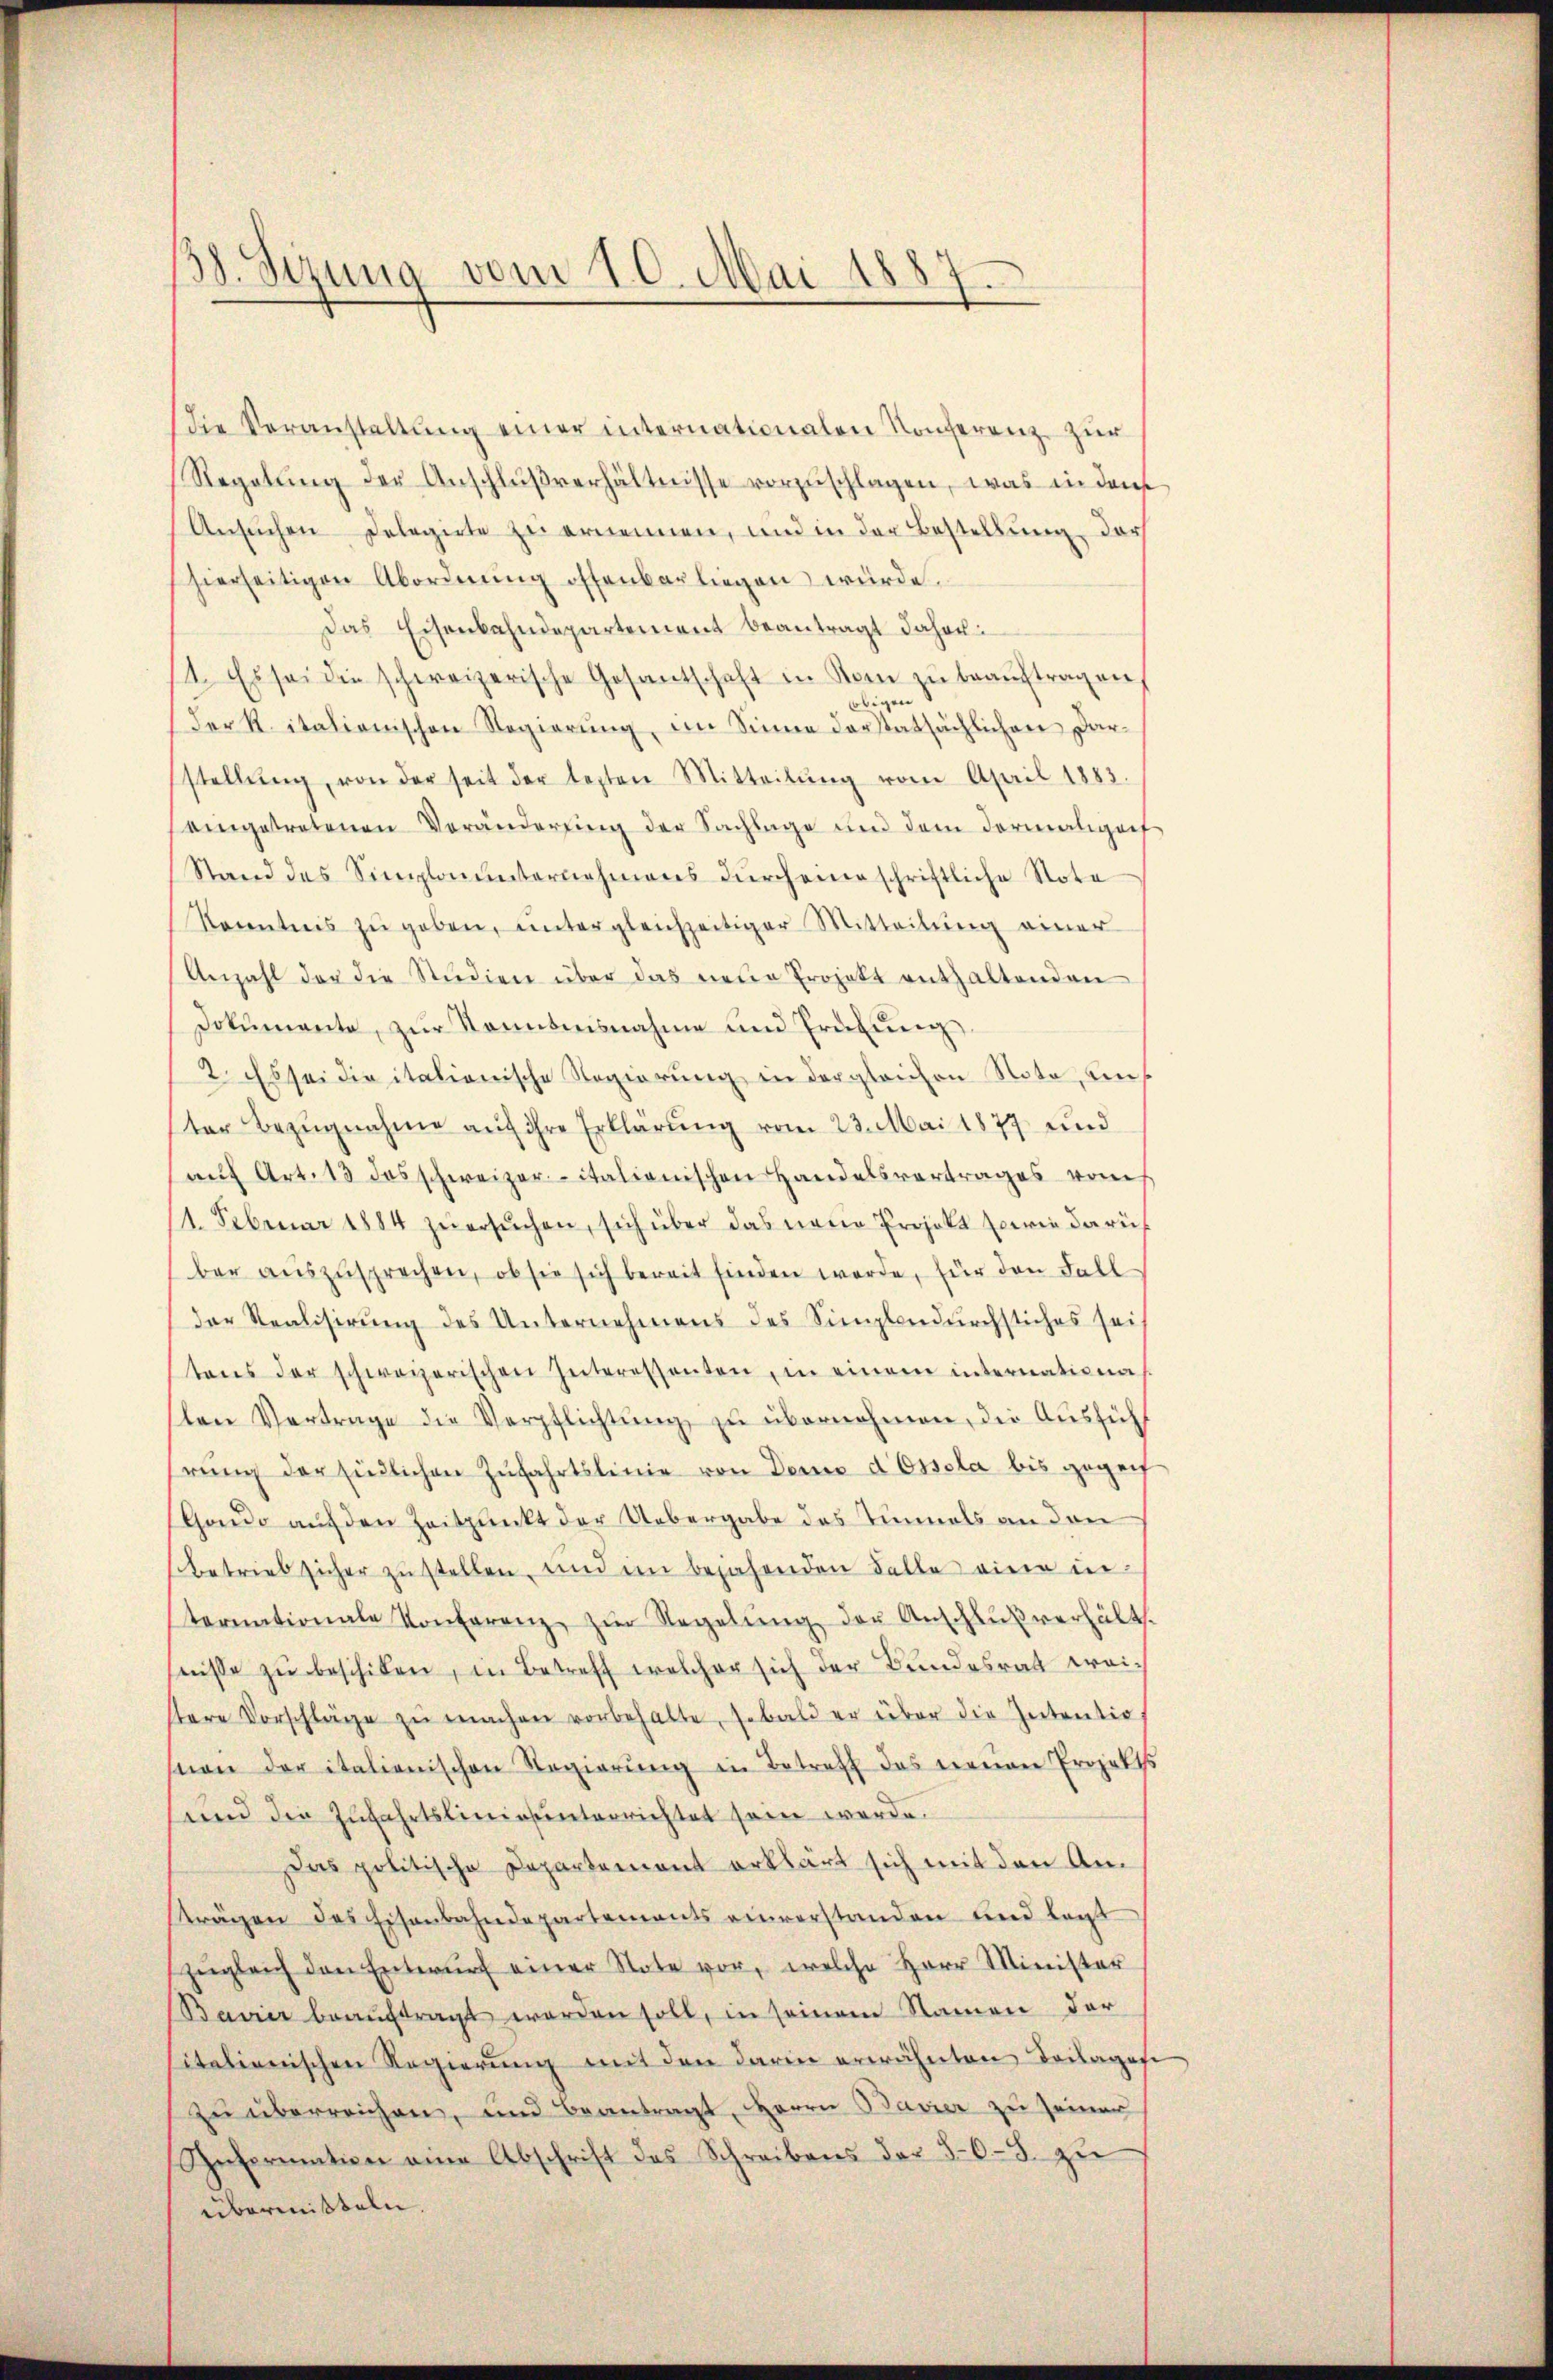
38. Sezung vom 10. Mai 1887.

Die Veranstaltŭng einer internationalen Konferenz zur
Regelŭng der Anschlŭβverhältnisse vorzŭschlagen, was in dem
Ansuchen Delegirte zu ernennen, und in der Bestellung, darf
hierseitigen Abordnŭng offenbar liegen würde.
Das Eisenbahndepartement beantragt daher
1. Es sei die schweizerische Gesantschaft in Rom zŭ beaŭftragen,
obigen
der K. italienischen Regierŭng, im Sinne derstatsächlichen Dar-
stellŭng, von der seit der lezten Mitteilŭng vom April 1883.
eingetretenen Veränderung der Sachlage und dem dermaliget
Stand des Simplonŭnternehmens dŭrch eine schriftliche Note
Kacentnis zŭ geben, ŭntergleichzeitiger Mitteilŭng einer
Anzahl der die Studien über das neuen Projekt enthaltenden
Dokumente, zur Kenntnisnahme und Prüfung
2. Es sei die italionische Regierung in dergleichen Note, uns
ter Bezŭgnahme aŭf ihre Erklärŭng vom 23. Mai 1877 und
aŭf Art. 13 das schweizeritalienischen Handelsvertrages vom
1. Februar 1884 zŭ ersŭchen, sich über das neue Projekt sowie daruf
ber auszusprechen, ob sie sich bereit finden werde, für den Fall
der Realisirung des Unternehmens des Simplendurchstiches sei
tens der schweizerischen Interessanten, in einem internationa
len Vertrage die Verpflichtŭng zŭ übernehmen, die Ausführŭng der Endlichen Zŭfahrtslinie von Deine d Ossola bis gegen
Gando auf den Zeitpunkt der Uebergabe das Einmals an den
betrieb sicher zustellen, und im bejahenden Falle eine in
ternationale Konferenz zŭr Regelŭng der Anschlŭβ verhält.
seise zu beschiken, in Betreff welcher sich der Bundesrath weitere Vorschläge zŭ machen vorbehalte, sobald er über die Intentio
non der italienischen Regierŭng in Betreff das neuen Projekts
und die Zufahrtslinierunterrichtet sein werde.
Das politische Departement erklärt sich mit den Anträgen des Eisenbahndepartements einverstanden und laut
zŭgleich den Entwŭrf einer Note vor, welche Herr Minister
Bavier beaŭftragt worden soll, in seinem Namen der
italienischen Regierŭng mit den darin erwähnten Beilages
zu überreichen, und beantragt, Herrn Bavier zu seiner
Information eine Abschrift des Schreibens der 56-8. zu
übermißteln.